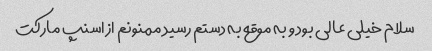
سلام خیلی عالی بود و به موقع به دستم رسید ممنونم از اسنپ مارکت